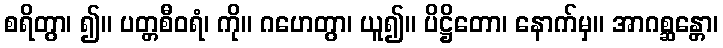
စရိတွာ၊ ၍။ ပတ္တစီဝရံ၊ ကို။ ဂဟေတွာ၊ ယူ၍။ ပိဋ္ဌိတော၊ နောက်မှ။ အာဂစ္ဆန္တော၊